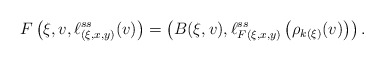
\begin{align*}F \left( \xi, v , \ell ^{ss} _{(\xi, x, y)} (v) \right) = \left( B ( \xi , v ) , \ell ^{ss} _{F ( \xi , x , y )} \left( \rho _{k(\xi)} (v) \right) \right) .\end{align*}